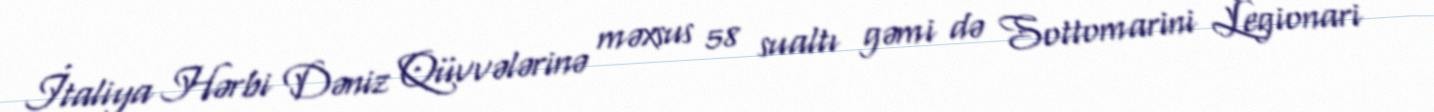
İtaliya Hərbi Dəniz Qüvvələrinə məxsus 58 sualtı gəmi də Sottomarini Legionari